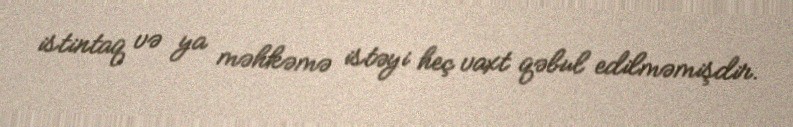
istintaq və ya məhkəmə istəyi heç vaxt qəbul edilməmişdir.